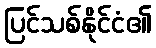
ပြင်သစ်နိုင်ငံ၏